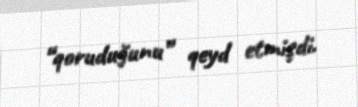
“qoruduğunu” qeyd etmişdi.